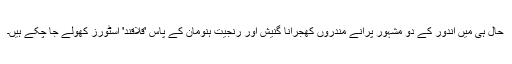
حال ہی میں اندور کے دو مشہور پرانے مندروں كھجرانا گنیش اور رنجیت ہنومان کے پاس 'قلاقند' اسٹورز کھولے جا چکے ہیں۔